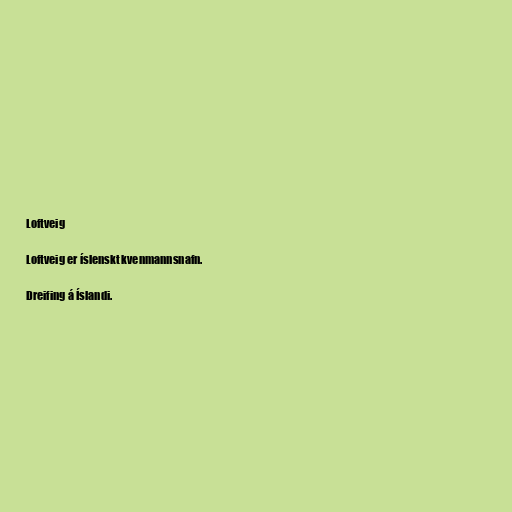
Loftveig

Loftveig er íslenskt kvenmannsnafn.

Dreifing á Íslandi.